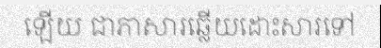
ឡើយ ជាភាសារឆ្លើយដោះសារទៅ